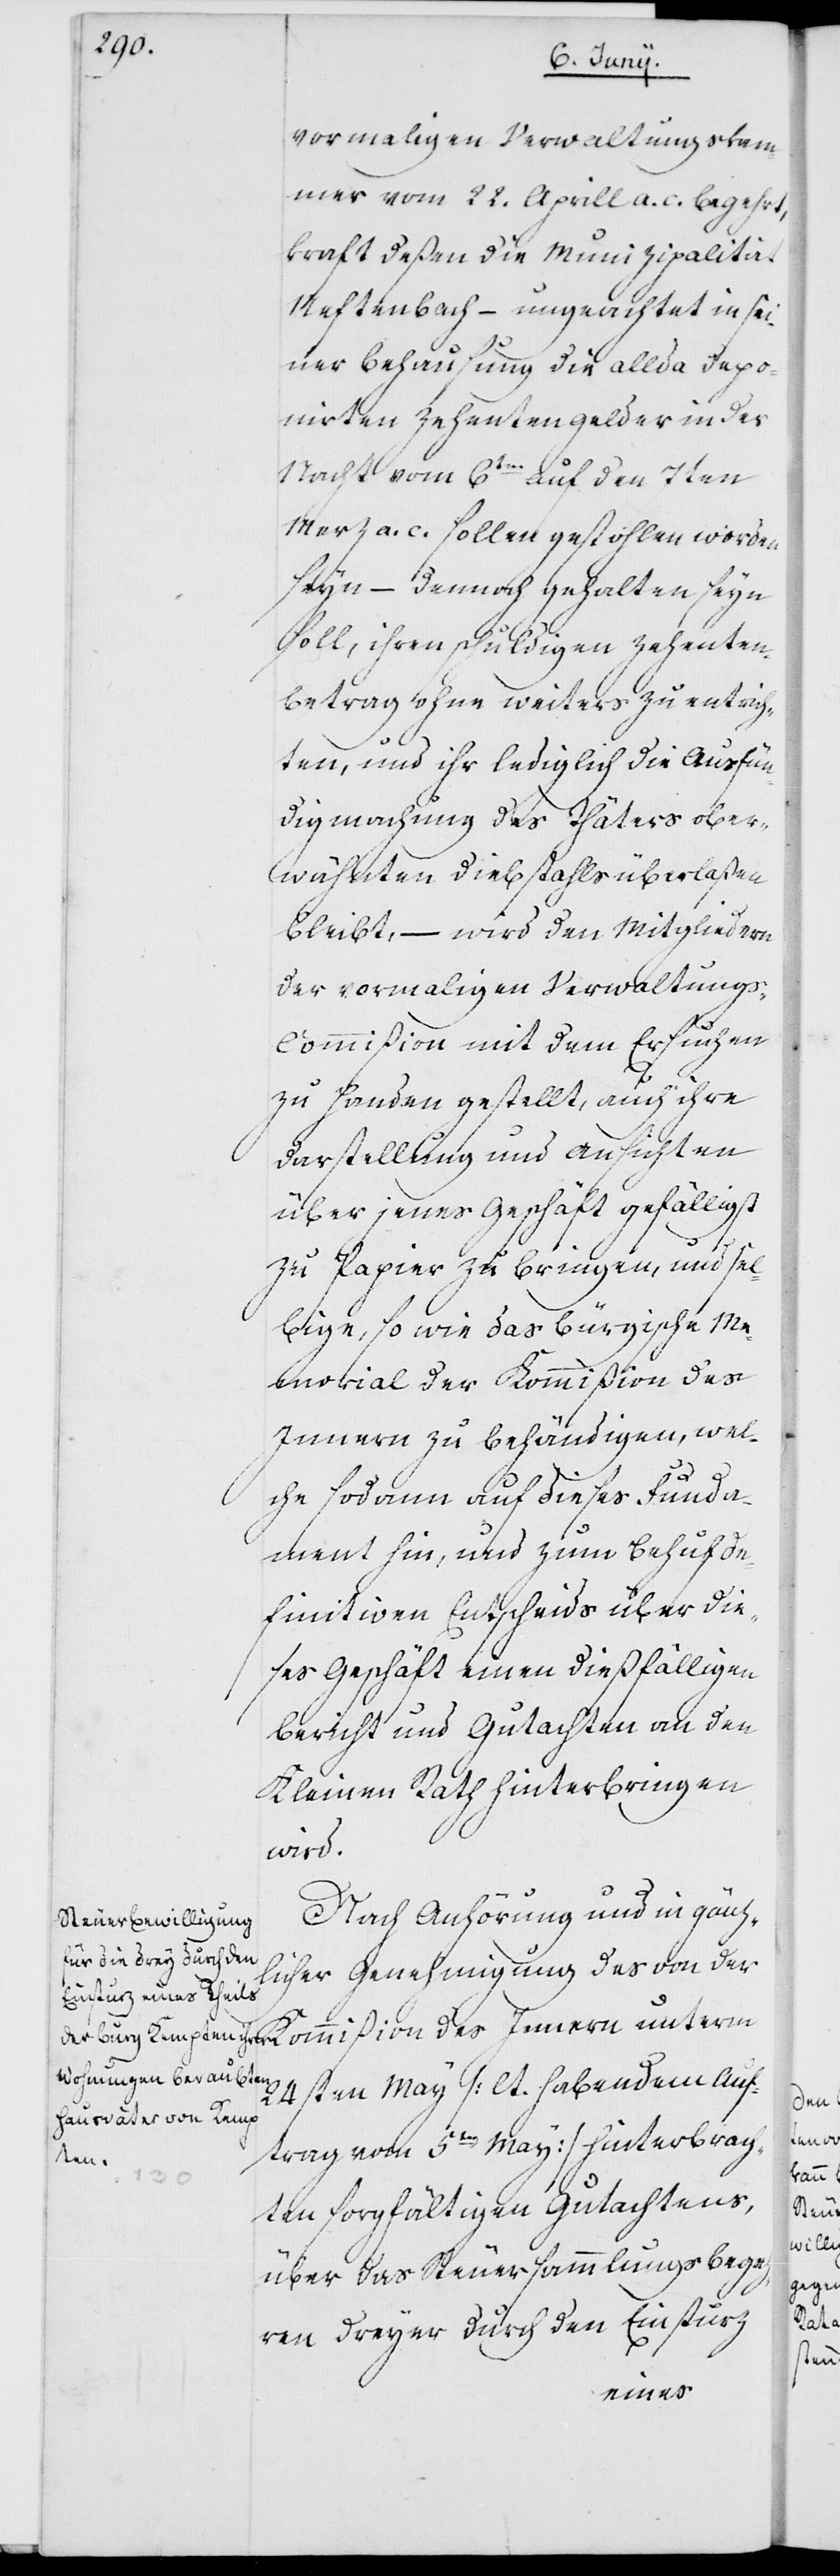
vormaligen Verwaltungskam¬
mer vom 22. Aprill a. c. begehrt,
kraft deßen die Munizipalität
Neftenbach – ungeachtet in sei¬
ner Behausung die allda depo¬
nirten Zehentengelder in der
Nacht vom 6ten auf den 7ten
Merz a. c. sollen gestohlen worden
seyn, – dennoch gehalten seyn
soll, ihren schuldigen Zehenten¬
betrag ohne weiters zu entrich¬
ten, und ihr lediglich die Ausfün¬
digmachung des Täters ober¬
wähnten Diebstahls überlaßen
bleibt, – wird den Mitgliedern
der vormaligen Verwaltung¬
s-Commißion mit dem Ersuchen
zu Handen gestellt, auch ihre
Darstellung und Ansichten
über jenes Geschäft gefälligst
zu Papier zu bringen, und sel¬
bige, so wie das Bürgische Me¬
morial der Kommißion des
Innern zu behändigen, wel¬
che sodann auf dieses Funda¬
ment hin, und zum Behuf de¬
finitiven Entscheids über die¬
ses Geschäft einen dießfälligen
Bericht und Gutachten an den
Kleinen Rath hinterbringen
wird.
Nach Anhörung und in gänz¬
licher Genehmigung des von der
Kommißion des Innern unterm
24sten May (lt. habendem Auf¬
trag vom 5ten May) hinterbrach¬
ten sorgfältigen Gutachtens,
über das Steuersammlungsbegeh¬
ren dreyer durch den Einsturz